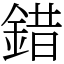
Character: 錯